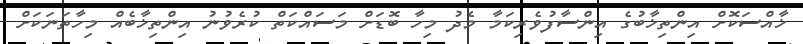
ޚާއްސަކޮށް އިންތިޚާބުގެ އިންސާފުވެރިކަމާ މެދު މިހާ ބޮޑަށް މަސައްކަތް ކުރެވުނު އިންތިޚާބެއް މިހާތަނަކަށް